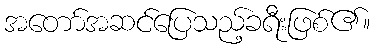
အတော်အဆင်ပြေသည့်ခရီးဖြစ်၏။